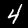
Label: 4